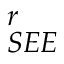
_ { S E E } ^ { r }